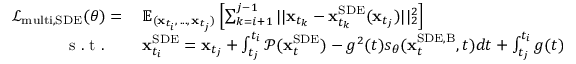
\begin{array} { r l } { \mathcal { L } _ { \mathrm { m u l t i , S D E } } ( \theta ) = \: } & { { } \mathbb { E } _ { ( \mathbf { x } _ { t _ { i } } , \, . . . , \, \mathbf { x } _ { t _ { j } } ) } \left[ \sum _ { k = i + 1 } ^ { j - 1 } | | \mathbf { x } _ { t _ { k } } - \mathbf { x } _ { t _ { k } } ^ { \mathrm { S D E } } ( \mathbf { x } _ { t _ { j } } ) | | _ { 2 } ^ { 2 } \right] } \\ { \mathrm { ~ s ~ . ~ t ~ . ~ } \quad } & { { } \mathbf { x } _ { t _ { i } } ^ { \mathrm { S D E } } = \mathbf { x } _ { t _ { j } } + \int _ { t _ { j } } ^ { t _ { i } } \mathcal { P } ( \mathbf { x } _ { t } ^ { \mathrm { S D E } } ) - g ^ { 2 } ( t ) s _ { \theta } ( \mathbf { x } _ { t } ^ { \mathrm { S D E , B } } , t ) d t + \int _ { t _ { j } } ^ { t _ { i } } g ( t ) d w . } \end{array}